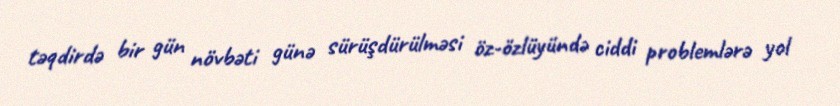
təqdirdə bir gün növbəti günə sürüşdürülməsi öz-özlüyündə ciddi problemlərə yol